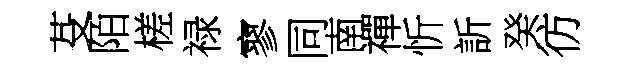
芟陌槎禄寥同南禪忻訢癸彷